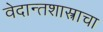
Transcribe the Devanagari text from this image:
वेदान्तशास्त्राचा